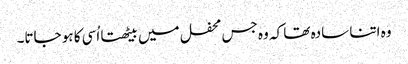
وہ اتنا سادہ تھا کہ وہ جس محفل میں بیٹھتا اُسی کا ہو جاتا۔